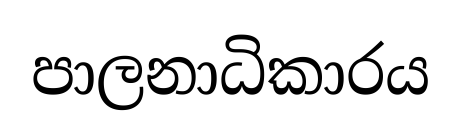
පාලනාධිකාරය